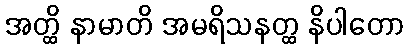
အတ္ထိ နာမာတိ အမရိသနတ္ထ နိပါတော